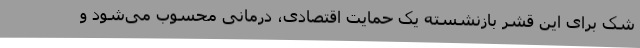
شک برای این قشر بازنشسته یک حمایت اقتصادی، درمانی محسوب می‌شود و